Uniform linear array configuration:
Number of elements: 12
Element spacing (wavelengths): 1
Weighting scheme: uniform
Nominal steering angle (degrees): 0
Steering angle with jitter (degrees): -0.9559
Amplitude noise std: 0.05
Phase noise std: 0.05

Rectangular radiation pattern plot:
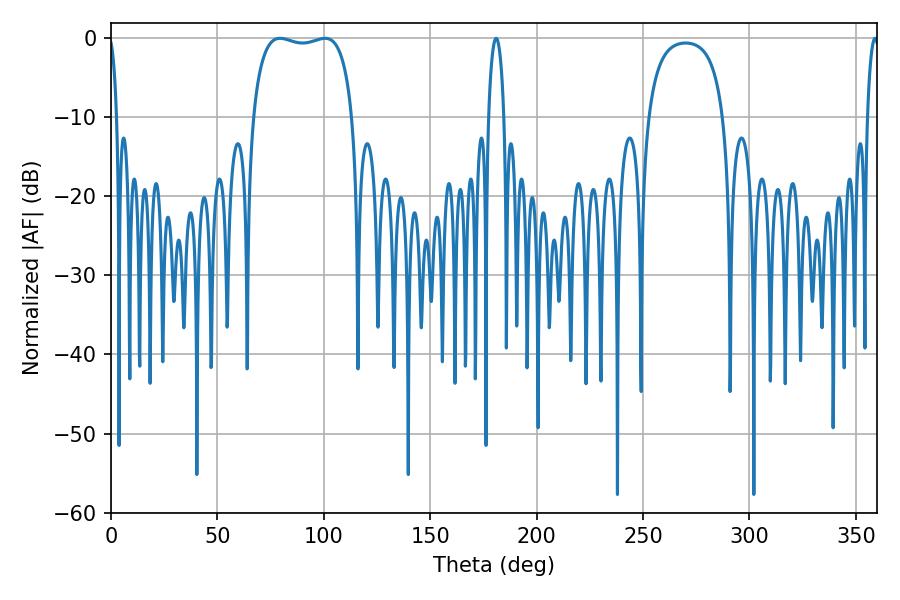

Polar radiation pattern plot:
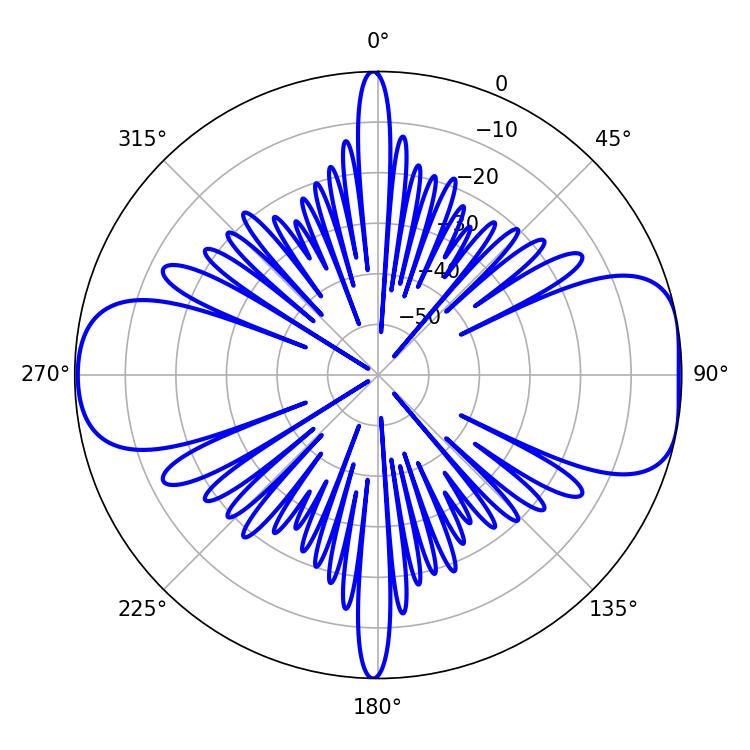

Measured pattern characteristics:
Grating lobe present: TRUE
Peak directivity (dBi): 9.02
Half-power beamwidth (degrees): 37.8
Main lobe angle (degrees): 79.38